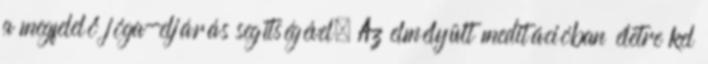
a megfelelő jóga-eljárás segítségével. Az elmélyült meditációban életre kel